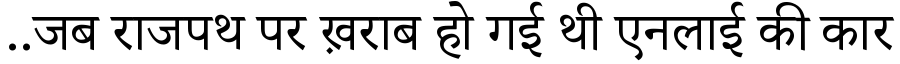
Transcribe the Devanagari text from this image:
..जब राजपथ पर ख़राब हो गई थी एनलाई की कार